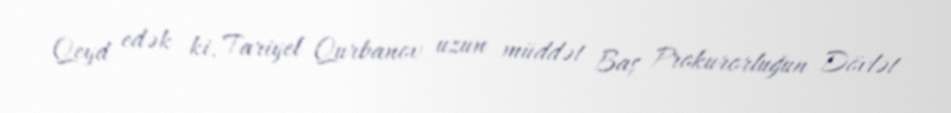
Qeyd edək ki, Tariyel Qurbanov uzun müddət Baş Prokurorluğun Dövlət